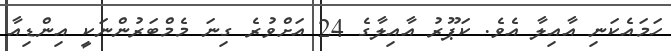
ހަމައެކަނި އާއިލާ އެވެ. ކަޕޫރު އާއިލާގެ 24 އަށްވުރެ ގިނަ މެމްބަރުންނަކީ އިންޑިއާ